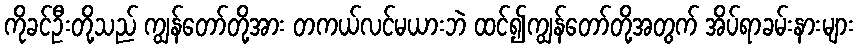
ကိုခင်ဦးတို့သည် ကျွန်တော်တို့အား တကယ်လင်မယားဘဲ ထင်၍ကျွန်တော်တို့အတွက် အိပ်ရာခမ်းနားများ